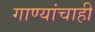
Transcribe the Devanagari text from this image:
गाण्यांचाही